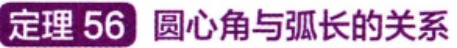
定理 56 圆心角与弧长的关系